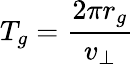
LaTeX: T_{g}={\frac{2\pi r_{g}}{v_{\perp}}}